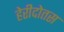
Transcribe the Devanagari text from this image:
हेरीदोतस